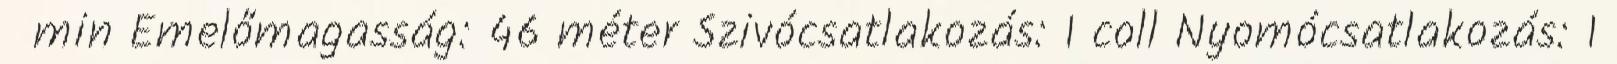
min Emelőmagasság: 46 méter Szivócsatlakozás: 1 coll Nyomócsatlakozás: 1